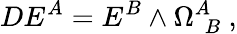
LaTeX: DE^{A}=E^{B}\wedge\Omega_{~~B}^{A}~,